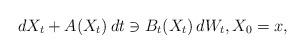
LaTeX: \begin{align*}dX_{t}+A(X_{t})\,dt\ni B_{t}(X_{t})\,dW_{t},X_{0}=x,\end{align*}